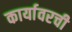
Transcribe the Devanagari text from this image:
कार्यावरची